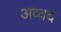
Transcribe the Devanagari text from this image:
अव्वद